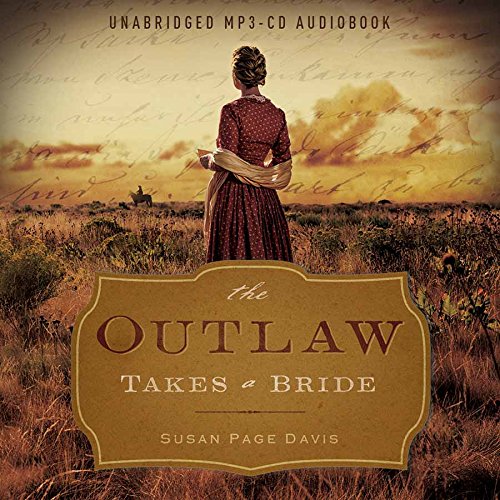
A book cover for Outlaw Takes a Bride Audio (CD):; Susan Page Davis; Romance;